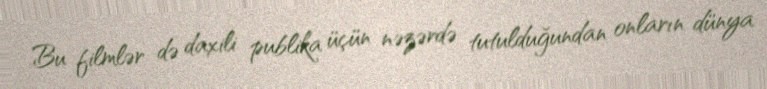
Bu filmlər də daxili publika üçün nəzərdə tutulduğundan onların dünya